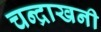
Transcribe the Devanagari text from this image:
चन्द्राखनी